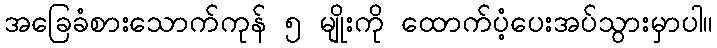
အခြေခံစားသောက်ကုန် ၅ မျိုးကို ထောက်ပံ့ပေးအပ်သွားမှာပါ။